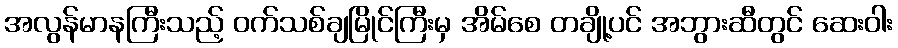
အလွန်မာနကြီးသည့် ဝက်သစ်ချမြိုင်ကြီးမှ အိမ်စေ တချို့ပင် အဘွားဆီတွင် ဆေးဝါး